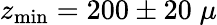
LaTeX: z_{\mathrm{min}}=200\pm 20\; \mu